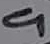
Text: 9